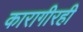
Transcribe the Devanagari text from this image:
कारागीरही